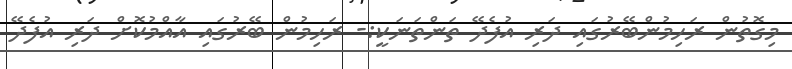
މިގޮތުން ރަހިމުންބޭރުގައި ދަރި އުފެދޭ ތަންތަނަކީ:- ރަހިމުން ބޭރުގައި އާއްމުކޮށް ދަރި އުފެދޭ